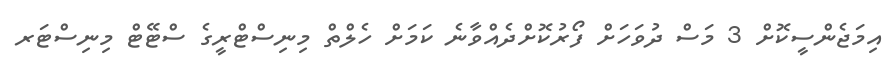
އިމަޖެންސީކޮށް 3 މަސް ދުވަހަށް ފޯރުކޮށްދެއްވާނެ ކަމަށް ހެލްތް މިނިސްޓްރީގެ ސްޓޭޓް މިނިސްޓަރ